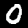
Digit: 0